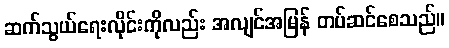
ဆက်သွယ်ရေးလိုင်းကိုလည်း အလျင်အမြန် တပ်ဆင်စေသည်။